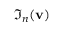
\Im _ { n } ( { \bf { v } } )